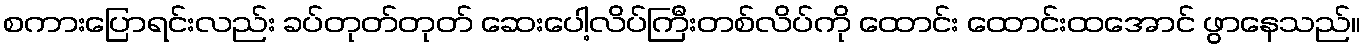
စကားပြောရင်းလည်း ခပ်တုတ်တုတ် ဆေးပေါ့လိပ်ကြီးတစ်လိပ်ကို ထောင်း ထောင်းထအောင် ဖွာနေသည်။